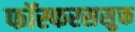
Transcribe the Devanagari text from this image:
फॉस्फरससुक्त